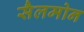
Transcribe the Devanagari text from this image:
सैलमोन